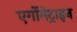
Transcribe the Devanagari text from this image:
एर्गोमेट्राइन